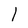
Character: 1